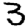
Digit: 3